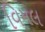
વિમલ